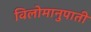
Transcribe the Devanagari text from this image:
विलोमानुपाती